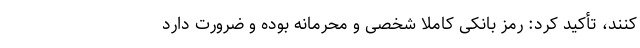
کنند، تأکید کرد: رمز بانکی کاملاً شخصی و محرمانه بوده و ضرورت دارد